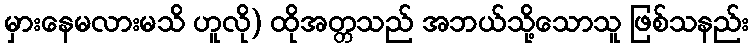
မှားနေမလားမသိ ဟူလို) ထိုအတ္တသည် အဘယ်သို့သောသူ ဖြစ်သနည်း